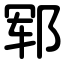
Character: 郓